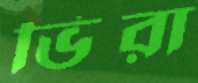
ভিরা